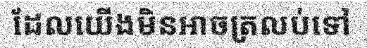
ដែលយើងមិនអាចត្រលប់ទៅ